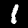
Digit: 1